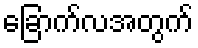
ခြောက်လအတွက်